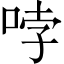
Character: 哱